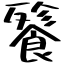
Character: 餮